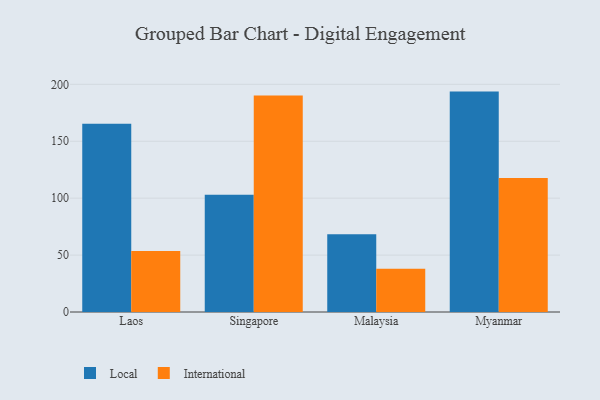
{"axis": {"x": "Country", "y": "Conversion Rate (%)"}, "legend": ["International", "Local"], "data": [{"x": "Laos", "y": 165.4, "type": "Local"}, {"x": "Laos", "y": 53.5, "type": "International"}, {"x": "Singapore", "y": 103.0, "type": "Local"}, {"x": "Singapore", "y": 190.1, "type": "International"}, {"x": "Malaysia", "y": 68.4, "type": "Local"}, {"x": "Malaysia", "y": 37.9, "type": "International"}, {"x": "Myanmar", "y": 193.6, "type": "Local"}, {"x": "Myanmar", "y": 117.6, "type": "International"}]}